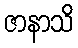
ဇာနာသိ